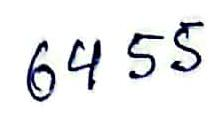
6455